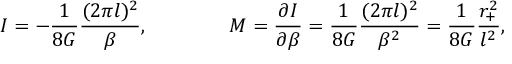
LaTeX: I = - { \frac { 1 } { 8 G } } { \frac { ( 2 \pi l ) ^ { 2 } } { \beta } } , \qquad \qquad M = { \frac { \partial I } { \partial \beta } } = { \frac { 1 } { 8 G } } { \frac { ( 2 \pi l ) ^ { 2 } } { \beta ^ { 2 } } } = { \frac { 1 } { 8 G } } { \frac { r _ { + } ^ { 2 } } { l ^ { 2 } } } ,